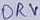
Text: DRV